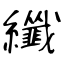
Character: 纖